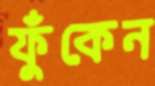
ফুঁকেন